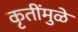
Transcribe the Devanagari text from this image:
कृतींमुळे